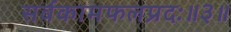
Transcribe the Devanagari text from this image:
सर्वकामफलप्रदः॥३॥